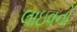
લાઇવનો